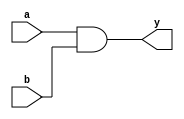
module and_gate(input a,b,output y);
    assign y=a&b;
endmodule
// test bench ;
module tb_and_gate;
reg A,B;
wire Y;
and_gate a1(.a(A),.b(B),.y(Y));
// above style is connecting by name 
initial begin 
A  = 1'b0;
B = 1'b0;
#45 $finish;
end 
always#6 A=~A;
always#3 B=~B;
always@(Y)
$display("time=%0t \t INPUT VALUES: \t A=%b B=%b \t output value Y =%b", $time,A,B,Y);
endmodule